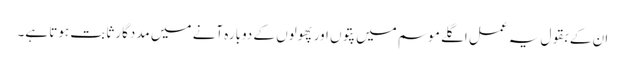
ان کے بقول یہ عمل اگلے موسم میں پتوں اور پھولوں کے دوبارہ آنے میں مددگار ثابت ہوتا ہے۔